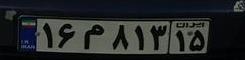
۱۶م۸۱۳۱۵